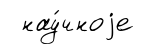
нау́чноjе